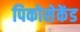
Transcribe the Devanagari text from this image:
पिकोसेकेंड